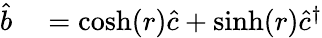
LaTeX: \begin{array}{rl}{\hat{b}}&{{}=\cosh(r)\hat{c}+\sinh(r)\hat{c}^{\dagger}}\end{array}